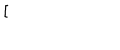
LaTeX: { [ \, }